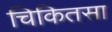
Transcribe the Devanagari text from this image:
चिकितसा